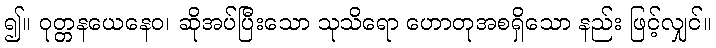
၍။ ဝုတ္တနယေနေဝ၊ ဆိုအပ်ပြီးသော သုသိရော ဟောတုအစရှိသော နည်း ဖြင့်လျှင်။